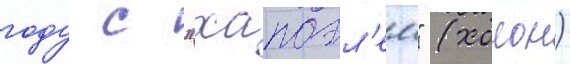
году с "хапоэл'ем" (холон)